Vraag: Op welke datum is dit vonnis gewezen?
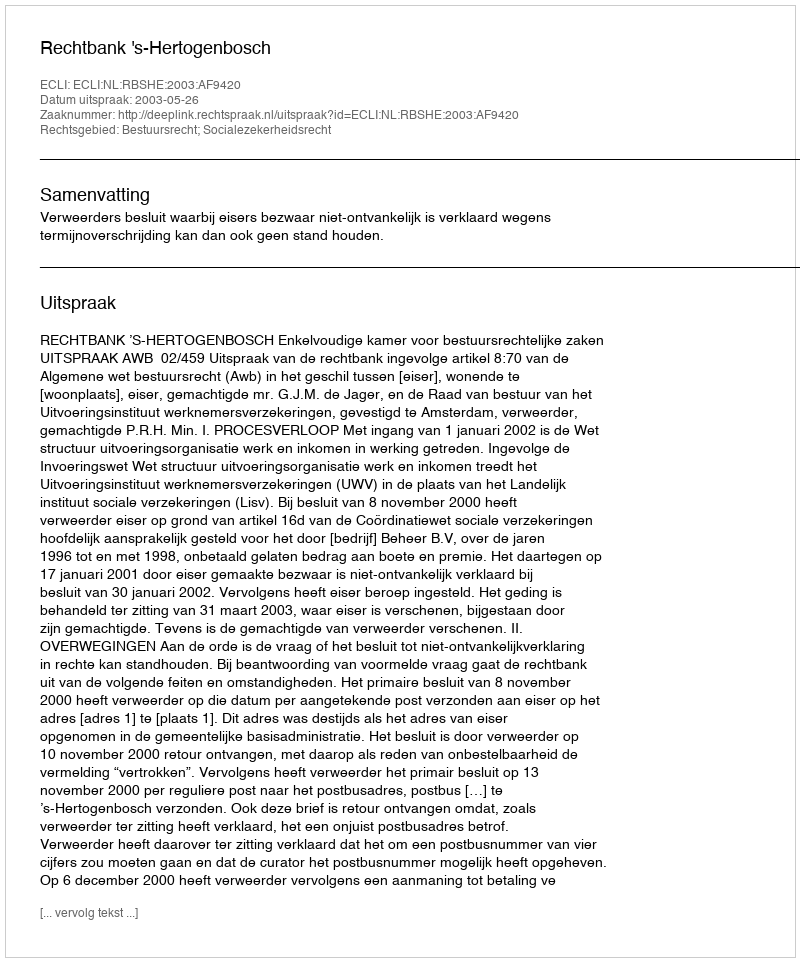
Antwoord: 2003-05-26